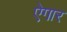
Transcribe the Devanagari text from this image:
ऐगार